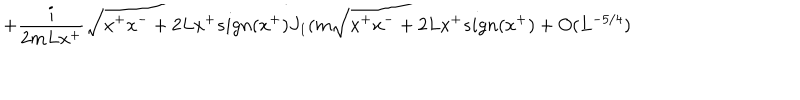
+ { \frac { i } { 2 m L x ^ { + } } } \sqrt { x ^ { + } x ^ { - } + 2 L x ^ { + } s i g n ( x ^ { + } ) } J _ { 1 } ( m \sqrt { x ^ { + } x ^ { - } + 2 L x ^ { + } s i g n ( x ^ { + } } ) + O ( L ^ { - 5 / 4 } )